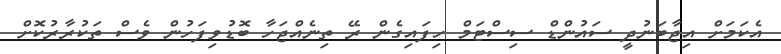
އެކަމަށް އިޖާބަނުދީ ސައުންޑް ސިސްޓަމް ހިފައިގެން ރޭ ތިނެއްޖަހާ ބޮޑުވިފަހުން ވެސް ތަކުރާރުކޮށް